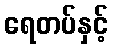
ရေတပ်နှင့်